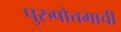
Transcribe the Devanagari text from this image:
पुरुषोत्तमाची